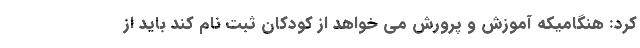
کرد: هنگامیکه آموزش و پرورش می خواهد از کودکان ثبت نام کند باید از